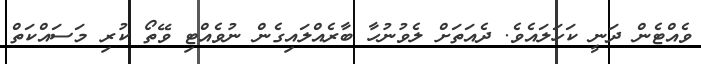
ވެއްޓެން ދަނީ ކަހަލައެވެ. ދެއަތަށް ލެވުނުހާ ބާރެއްލައިގެން ނުވެއްޓި ވޭތޯ ކުރި މަސައްކަތް